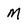
Character: m